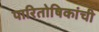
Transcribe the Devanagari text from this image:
पारितोषिकांची